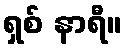
ရှစ် နာရီ။